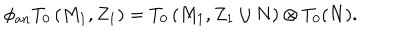
LaTeX: \phi _ { a n } T _ { 0 } \left( M _ { 1 } , Z _ { 1 } \right) = T _ { 0 } \left( M _ { 1 } , Z _ { 1 } \cup N \right) \otimes T _ { 0 } ( N ) .